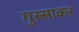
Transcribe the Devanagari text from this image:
गुस्साकर